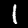
Digit: 1